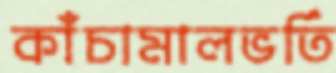
কাঁচামালভর্তি